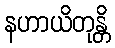
နဟာယိတုန္တိ